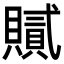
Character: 𧸐